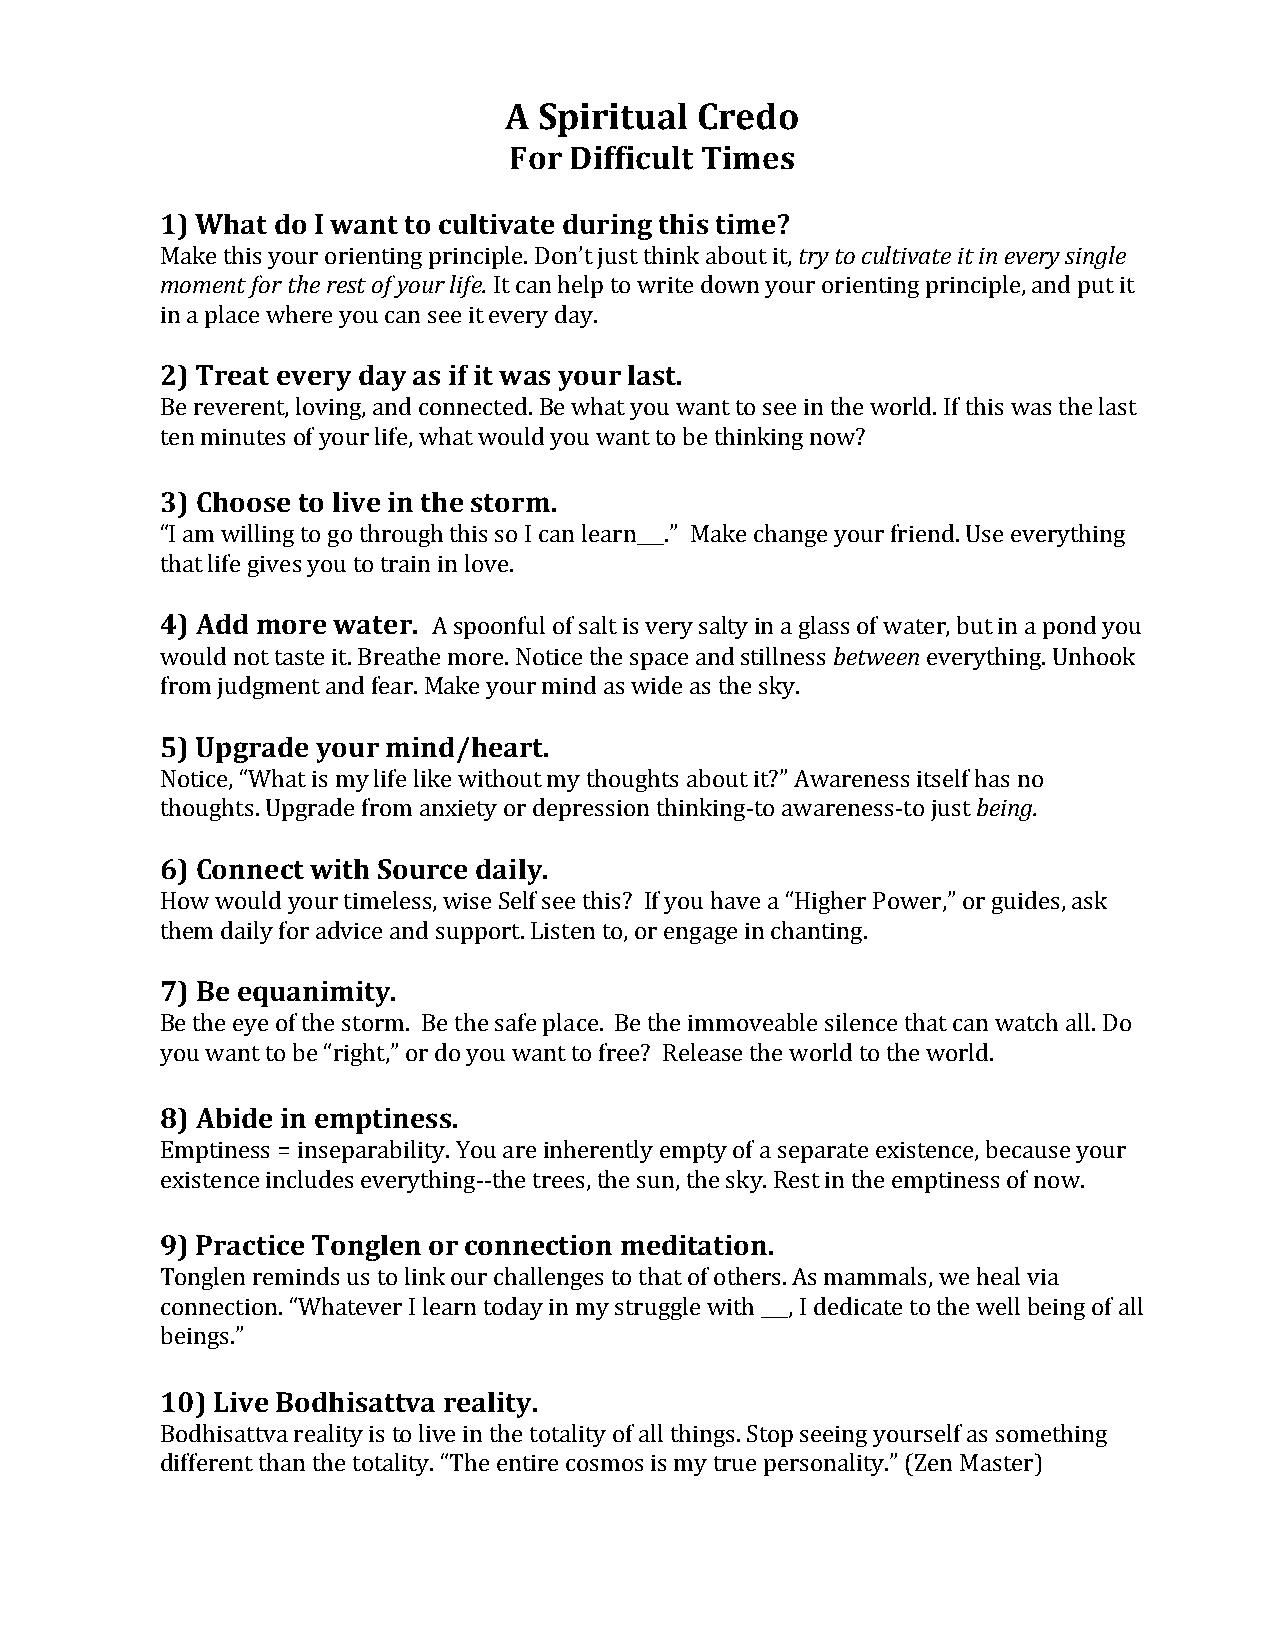
A  Spiritual Credo
 For Difficult Times
 1) What do I want to cultivate during this time?
 Make this your orienting principle. Don’t just think about it, try to cultivate it in every single
 moment for the rest of your life. It can help to write down your orienting principle, and put it
 in a place where you can see it every day.
 2) Treat every day as if it was your last.
 Be reverent, loving, and connected. Be what you want to see in the world. If this was the last
 ten minutes of your life, what would you want to be thinking now?
 3) Choose to live in the storm.
 “I am willing to go through this so I can learn___.” Make change your friend. Use everything
 that life gives you to train in love.
 4) Add more water. A spoonful of salt is very salty in a glass of water, but in a pond you
 would not taste it. Breathe more. Notice the space and stillness between everything. Unhook
 from judgment and fear. Make your mind as wide as the sky.
 5) Upgrade your mind/heart.
 Notice, “What is my life like without my thoughts about it?” Awareness itself has no
 thoughts. Upgrade from anxiety or depression thinking-to awareness-to just being.
 6) Connect with Source daily.
 How would your timeless, wise Self see this? If you have a “Higher Power,” or guides, ask
 them daily for advice and support. Listen to, or engage in chanting.
 7) Be equanimity.
 Be the eye of the storm. Be the safe place. Be the immoveable silence that can watch all. Do
 you want to be “right,” or do you want to free? Release the world to the world.
 8) Abide in emptiness.
 Emptiness = inseparability. You are inherently empty of a separate existence, because your
 existence includes everything--the trees, the sun, the sky. Rest in the emptiness of now.
 9) Practice Tonglen or connection meditation.
 Tonglen reminds us to link our challenges to that of others. As mammals, we heal via
 connection. “Whatever I learn today in my struggle with ___, I dedicate to the well being of all
 beings.”
 10) Live Bodhisattva reality.
 Bodhisattva reality is to live in the totality of all things. Stop seeing yourself as something
 different than the totality. “The entire cosmos is my true personality.” (Zen Master)